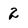
Character: 2